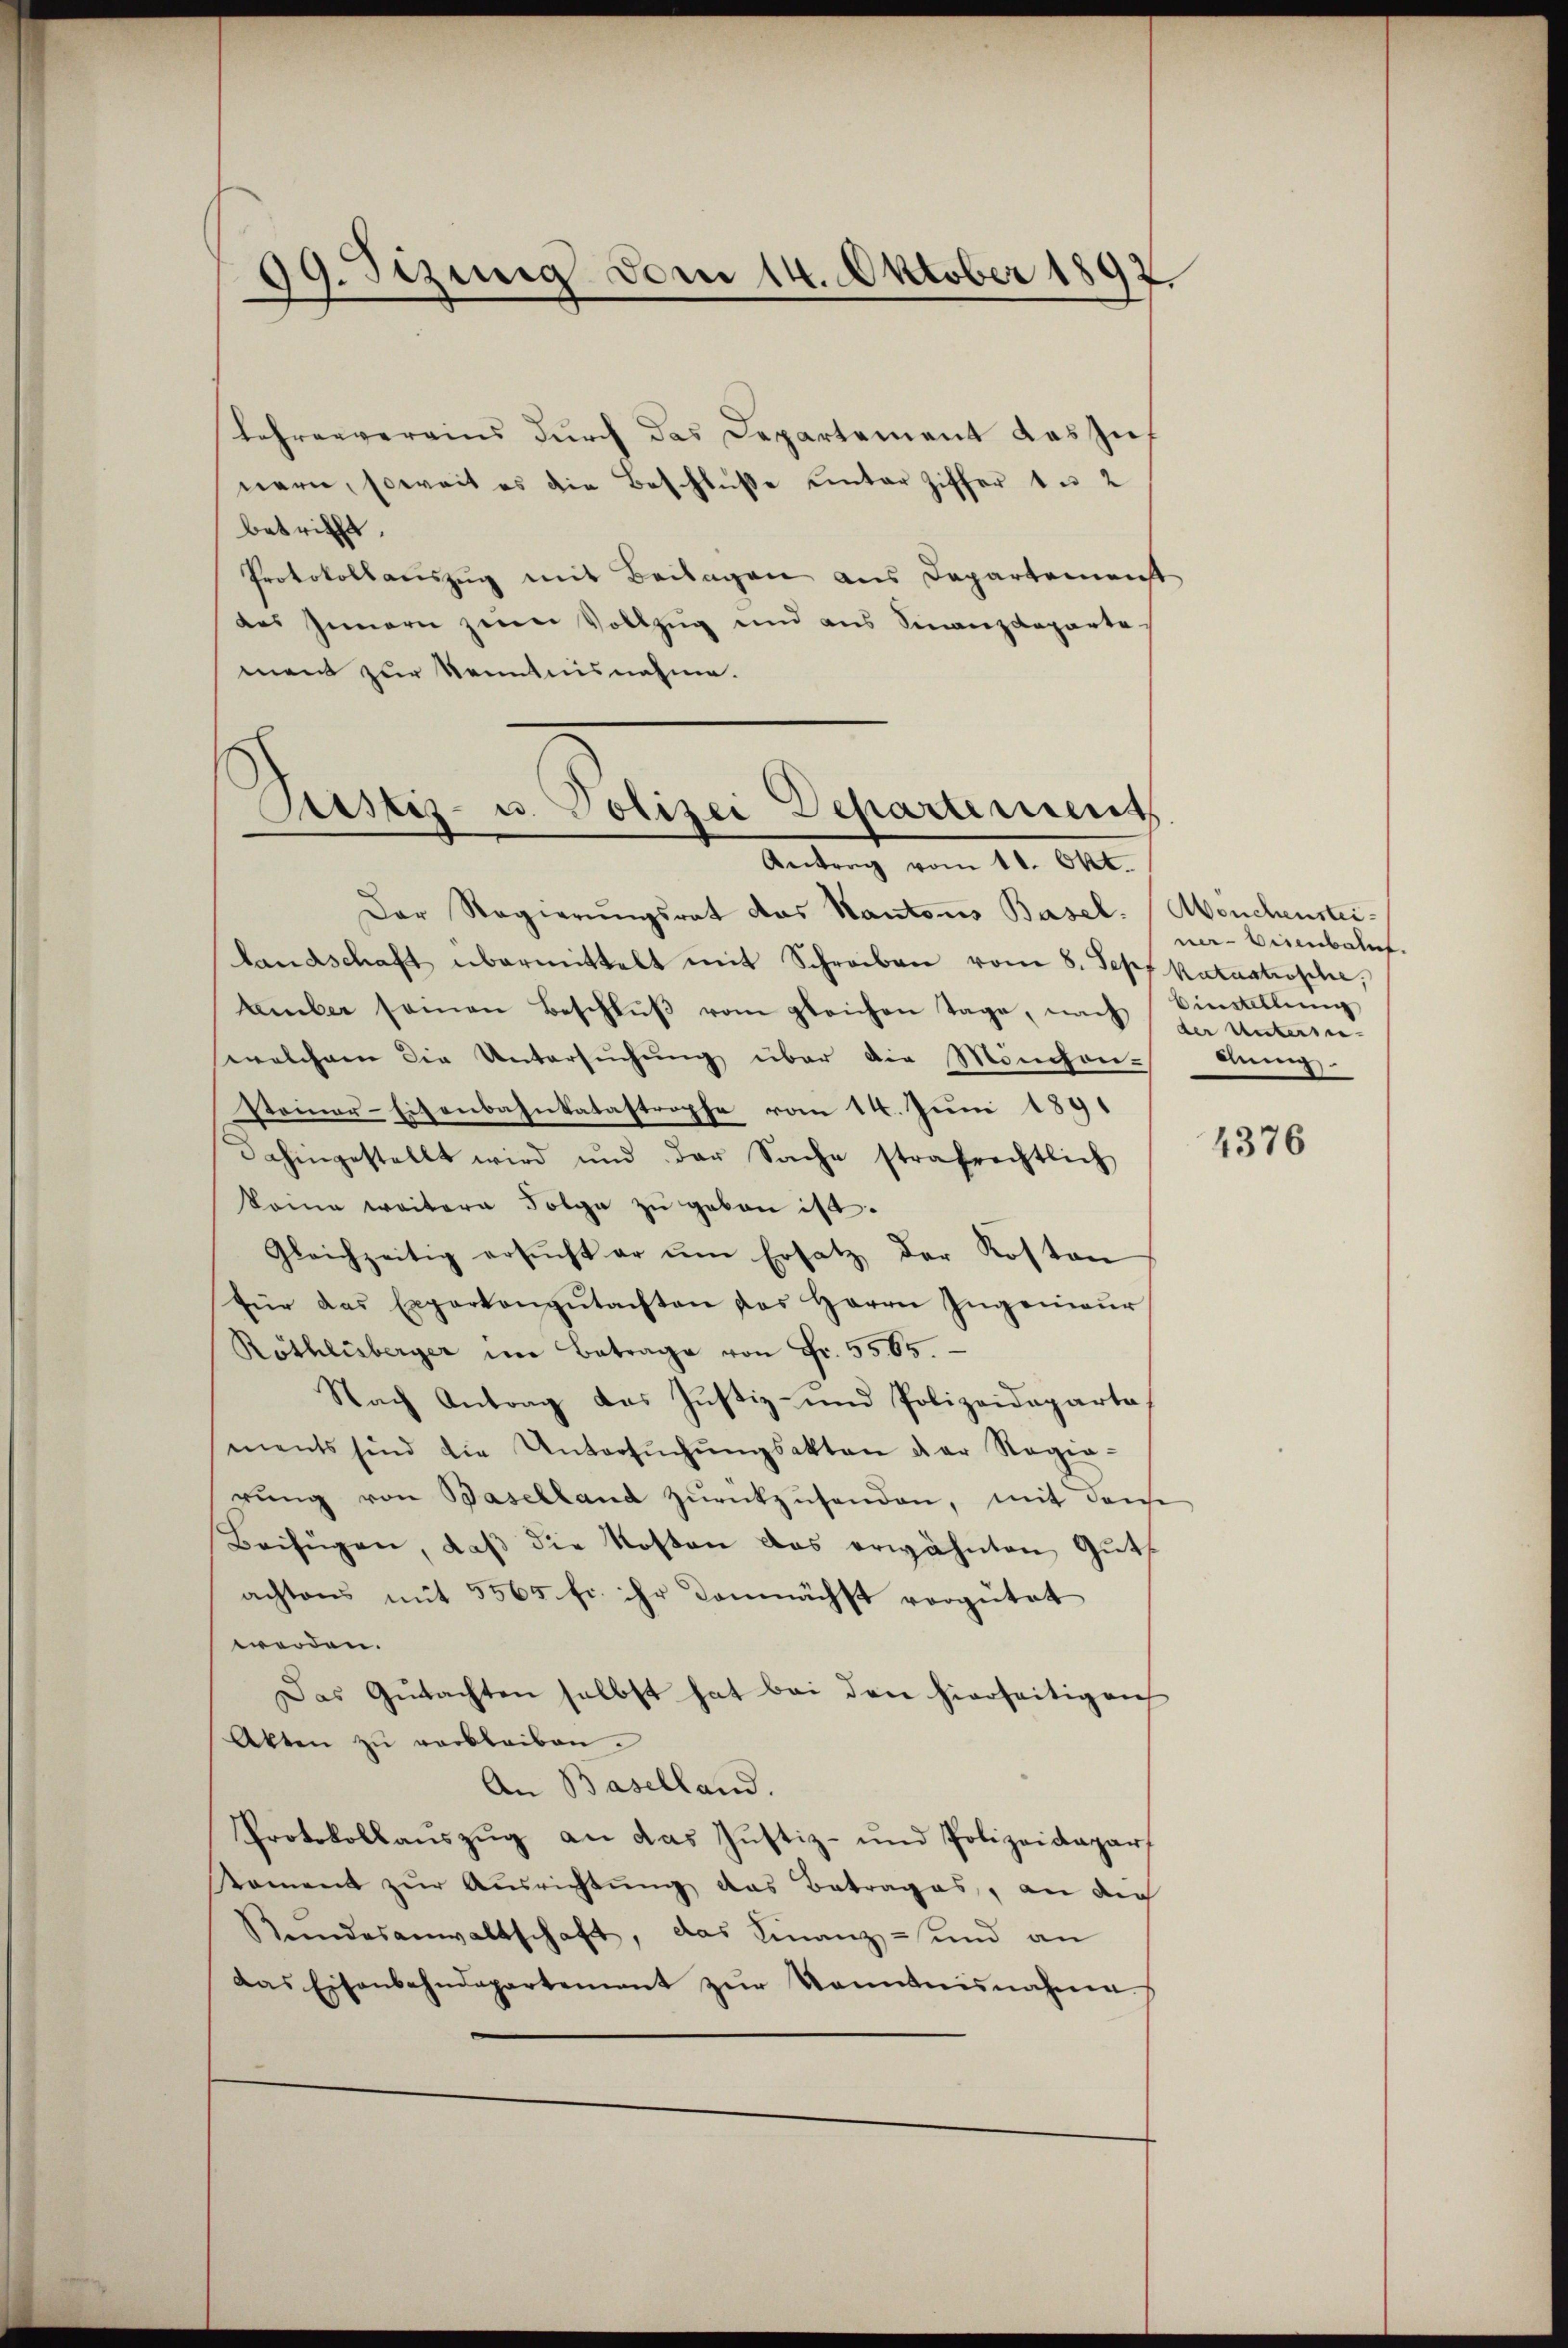
19. Sizung vom 14. Oktober 1892.

Lehrenvereins dŭrch das Departement das zienern, soweit es die Beschluße unter Ziffer 1 u 2
betrifft.
Protokollauszug mit Beilagen aus Departemenst
des Innern zum Vollzug und aus Finanzdeparte
ment zur Kenntnisnahme.
Pustiz- u. Polizei Departement

Antrag vom 11. Okt.

Der Regierŭngsrat das Kantons Basel. (Meuchensteilandschaft übermittelt mit Schreiben vom 8. Jepf katastrophe,
amber seinen Beschlŭβ vom gleichen Tage, nach der Untersie-
welchem die Untersuchung über die Mönchan¬
Steiner-Eisenbahnkatastrophe vom 14. Juni 1891
dahingestellt wird und der Sache strafrechtlich
keine weitern Folge zu geben ist.
Gleichzeitig ersŭcht er ŭm Ersatz der Kosten
für das Expertengŭtachten das Herrn Ingenieŭr
Röthlisberger im Betrage von Fr. 5565.
Nach Antrag das Justiz- und Polizeideparta
ments sind die Untersŭchŭngsakten der Regie-
rŭng von Baselland zŭrückzŭsenden, mit deiche
Beifügen, daβ die Kosten das erwähnten Gutachtens mit 5565 fr. ihr demnächst vergütet
werden.
Das Gŭtachten selbst hat bei den hierseitigen
Akten zŭ verbleiben.
An Baselland.
Protokollaŭszŭg an das Justiz- und Polizeidapar
tament zŭr Aŭsrichtung das Betrages, an die
Rundesanwaltschaft, das Finanz- und an
das Eisenbahndepartement zŭr Kenntnisnahme.

ner-Eisenbahnt.
Binstellung
dung.

4376